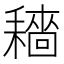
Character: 𱻶